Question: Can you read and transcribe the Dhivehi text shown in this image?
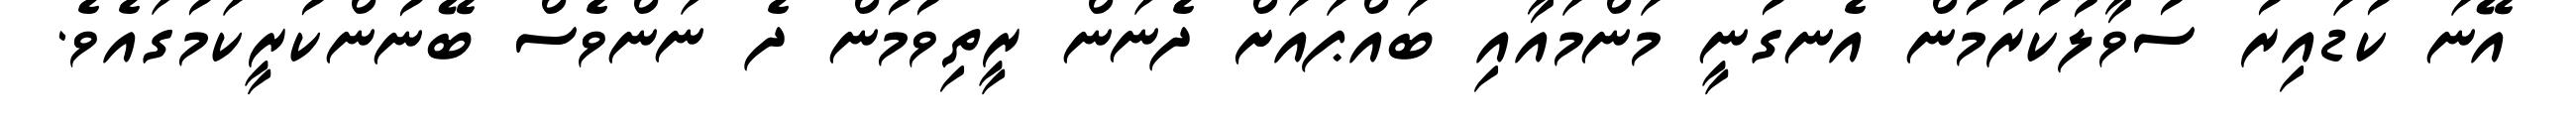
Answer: އޭނަ ކުޑައިރު ސުވާލުކުރުމުން އެނގުނީ މަންމައާއި ބައްޕައަށް ދެނަން ރީތިވުމުން ދެ ނަންވެސް ބޭނުންކުރީކަމުގައެވެ.